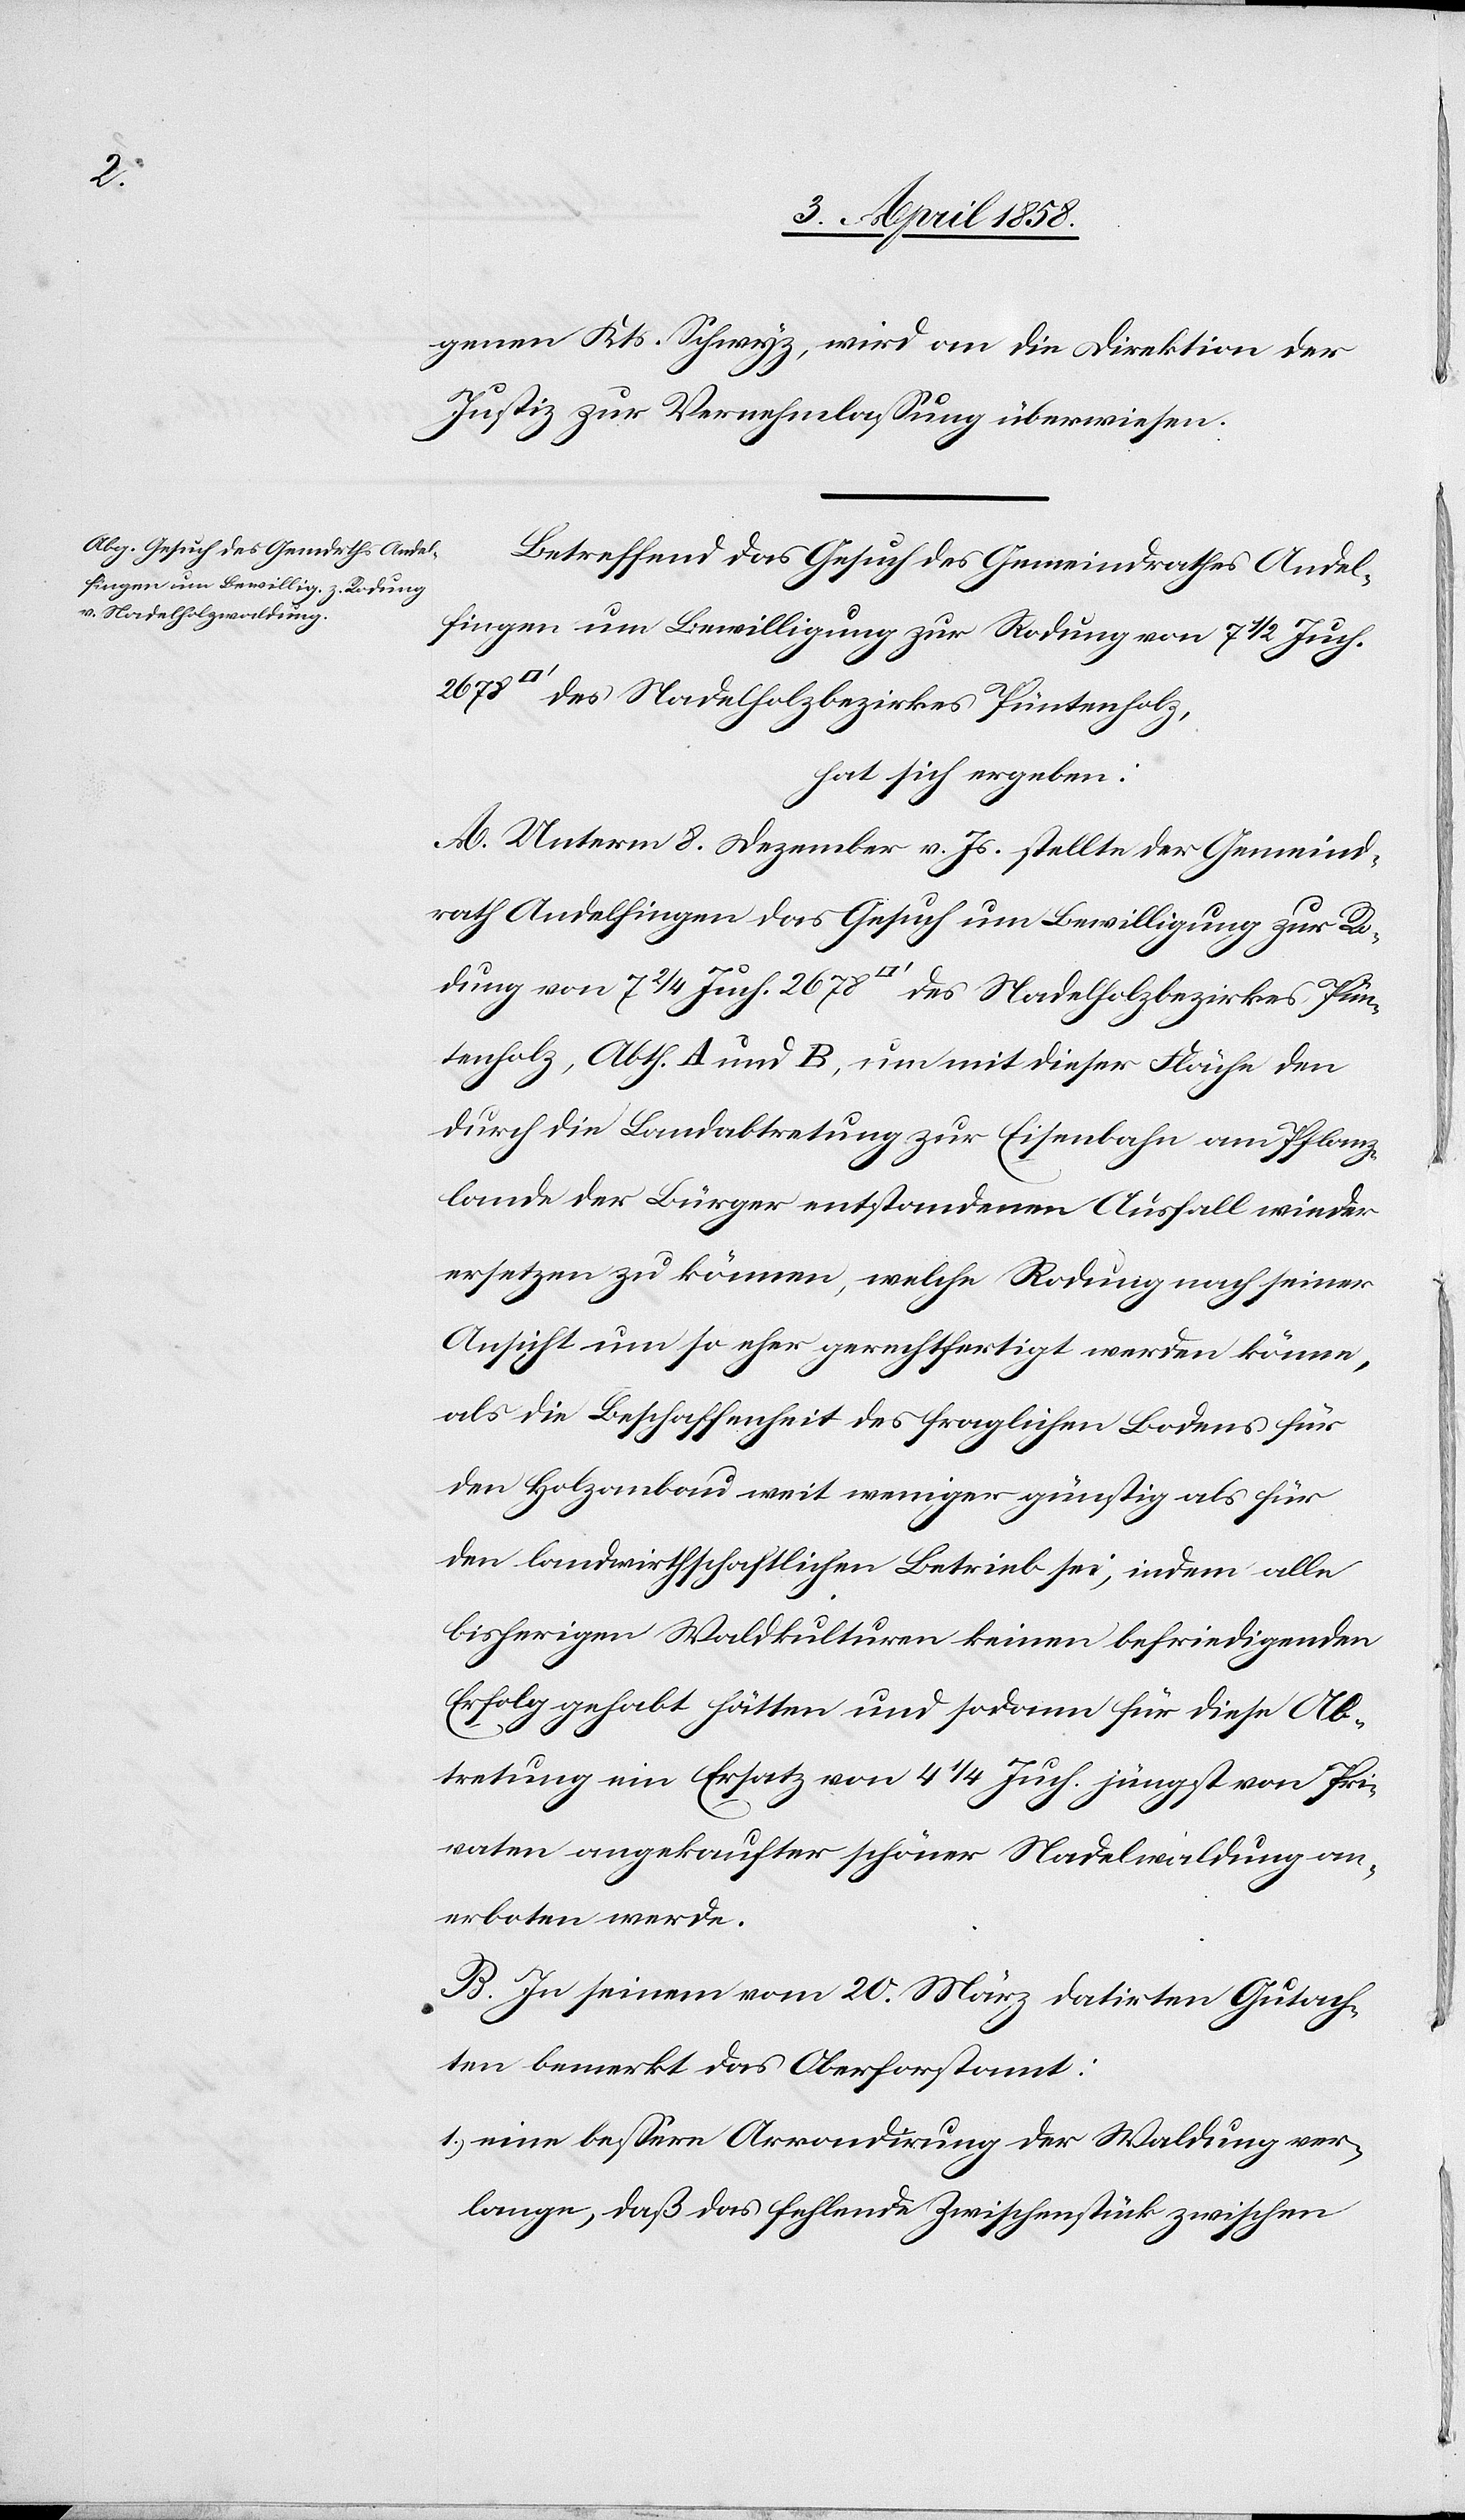
genen Kts. Schwyz, wird an die Direktion der
Justiz zur Vernehmlassung überwiesen.
Betreffend das Gesuch des Gemeindrathes Andel¬
fingen um Bewilligung zur Rodung von 7 1/2 Juch.
des Nadelholzbezirkes Pintenholz,
hat sich ergeben:
A. Unterm 8. Dezember v. Js. stellt der Gemeind¬
rath Andelfingen das Gesuch um Bewilligung zur Ro¬
dung von 7 2/4 Juch. 2678 [Quadratfuß] des Nadelholzbezirkes Pin¬
tenholz, Abth. A und B, um mit dieser Fläche den
durch die Landabtretung zur Eisenbahn am Pflanz¬
en¬
lande der Bürger entstandenen Ausfall wieder
ersetzen zu können, welche Rodung nach seiner
Ansicht um so eher gerechtfertigt werden könne,
als die Beschaffenheit des fraglichen Bodens für
den Holzanbau weit weniger günstig als für
den landwirthschaftlichen Betrieb sei, indem alle
bisherigen Waldkulturen keinen befriedigenden
Erfolg gehabt hätten und sodann für diese Ab¬
tretung ein Ersatz von 4 1/4 Juch. jüngst von Pri¬
vaten angekaufter schöner Nadelwaldungen an¬
erboten werde.
B. In seinem vom 20. März datirten Gutach¬
ten bemerkt das Oberforstamt:
1) eine bessere Arrondirung der Waldung ver¬
lange, daß das fehlende Zwischenstück zwischen